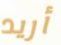
أريد